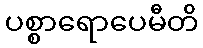
ပစ္စာရောပေမီတိ